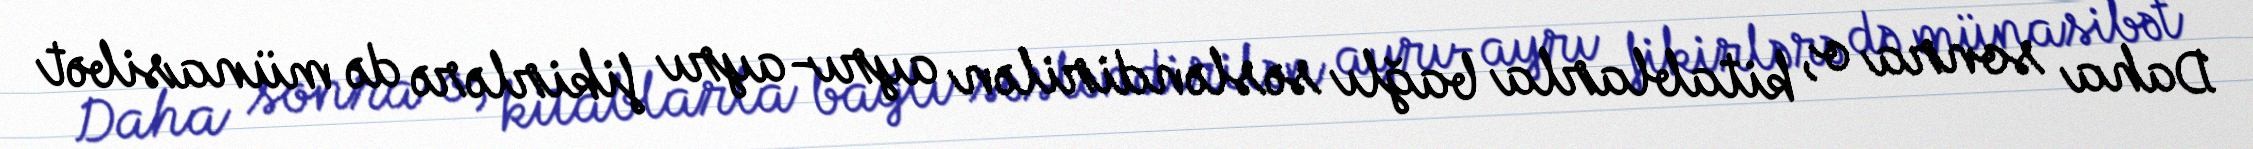
Daha sonra o, kitablarla bağlı səsləndirilən ayrı-ayrı fikirlərə də münasibət